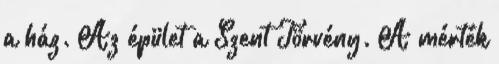
a ház. Az épület a Szent Törvény. A mérték